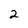
Character: 2